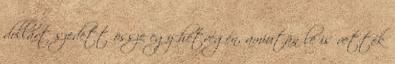
dollárt szedett össze egy hétvégén, amiután le is vették